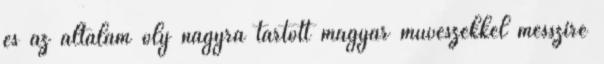
és az általam oly nagyra tartott magyar művészekkel messzire